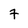
Character: 7